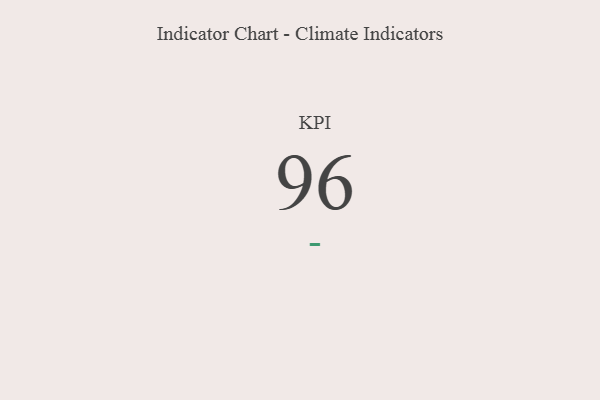
{"axis": {"x": "KPI", "y": "Value"}, "legend": [""], "data": [{"x": "KPI", "y": 96, "type": ""}]}